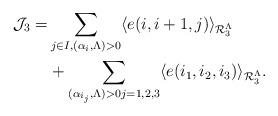
LaTeX: \begin{align*}\begin{aligned}\mathcal{J}_{3}=&\sum_{j\in I,(\alpha_i,\Lambda)>0}\langle e(i,i+1,j) \rangle_{\mathcal{R}_{3}^{\Lambda}}\\&+\sum_{(\alpha_{i_j},\Lambda)>0j=1,2,3}\langle e(i_1,i_2,i_3) \rangle_{\mathcal{R}_{3}^{\Lambda}}.\end{aligned}\end{align*}